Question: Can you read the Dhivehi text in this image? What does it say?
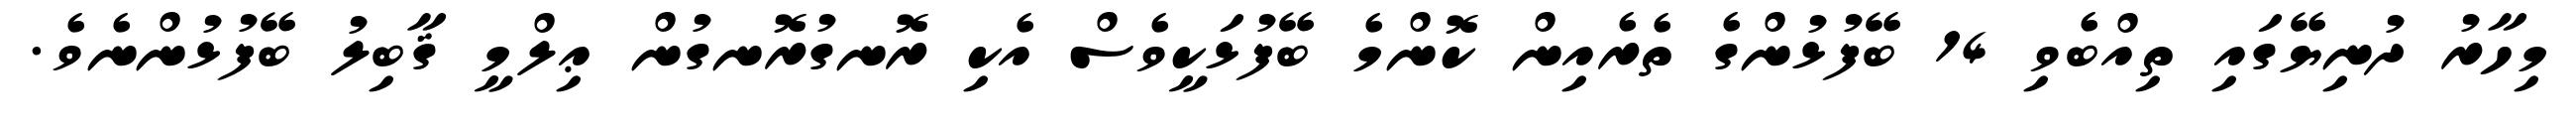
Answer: މިހާރު ދުނިޔޭގައި ތިއްބެވި 14 ބޭފުޅުންގެ ތެރެއިން ކޮންމެ ބޭފުޅަކީވެސް އެކި ރޮނގުރޮނގުން ޢިލްމީ ޤާބިލު ބޭފުޅުންނެވެ.